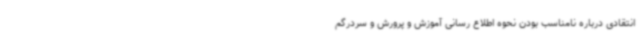
انتقادی درباره نامناسب بودن نحوه اطلاع رسانی آموزش و پرورش و سردرگم